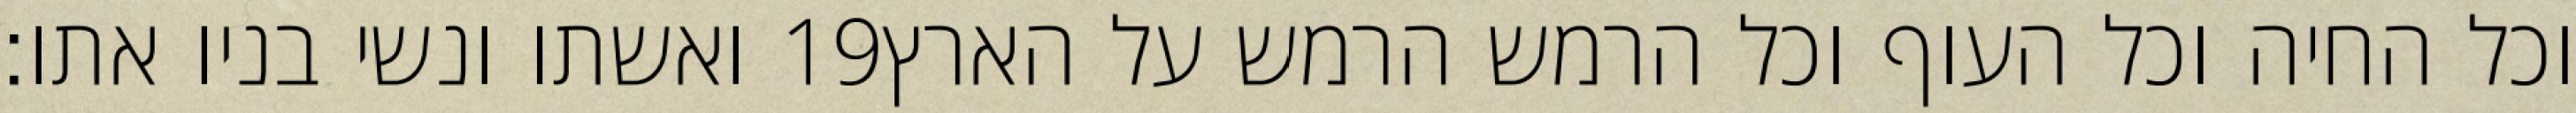
ואשתו ונשי בניו אתו׃ ‎19‏ וכל החיה וכל העוף וכל הרמש הרמש על הארץ